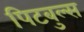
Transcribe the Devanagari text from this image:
पिटबुल्स